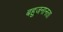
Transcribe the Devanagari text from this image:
बहुजनानता